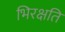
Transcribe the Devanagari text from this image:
भिरक्षति